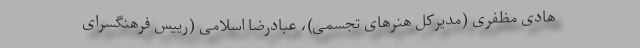
هادی مظفری (مدیرکل هنرهای تجسمی)، عبادرضا اسلامی (رییس فرهنگسرای